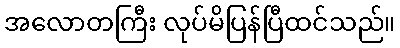
အလောတကြီး လုပ်မိပြန်ပြီထင်သည်။